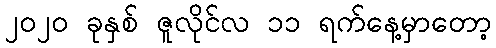
၂၀၂၀ ခုနှစ် ဇူလိုင်လ ၁၁ ရက်နေ့မှာတော့